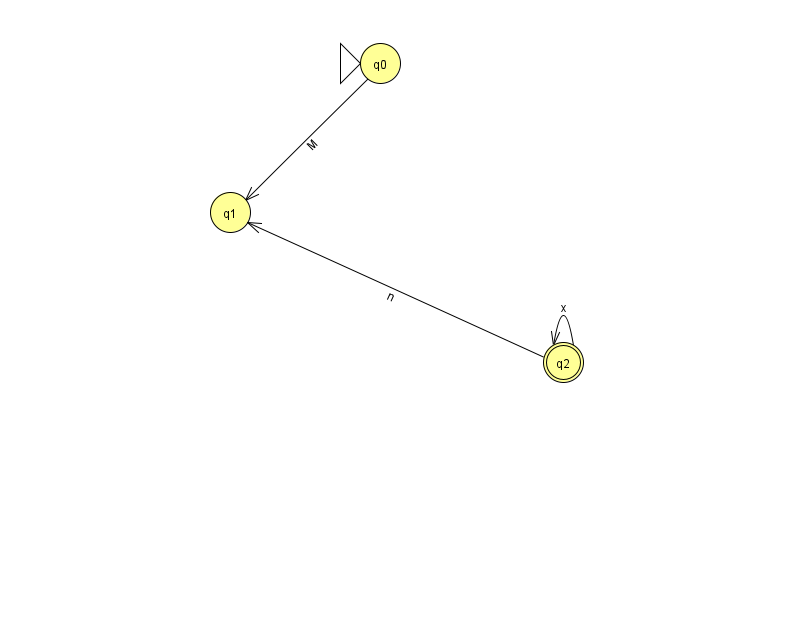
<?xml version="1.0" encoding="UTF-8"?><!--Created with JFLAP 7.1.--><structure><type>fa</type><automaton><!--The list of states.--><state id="0" name="q0"><x>380.0</x><y>50.0</y><initial/></state><state id="1" name="q1"><x>230.0</x><y>199.0</y></state><state id="2" name="q2"><x>563.0</x><y>349.0</y><final/></state><!--The list of transitions.--><transition><from>2</from><to>2</to><read>x</read></transition><transition><from>2</from><to>1</to><read>n</read></transition><transition><from>0</from><to>1</to><read>M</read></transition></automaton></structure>